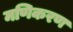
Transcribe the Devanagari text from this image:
मणिकरण